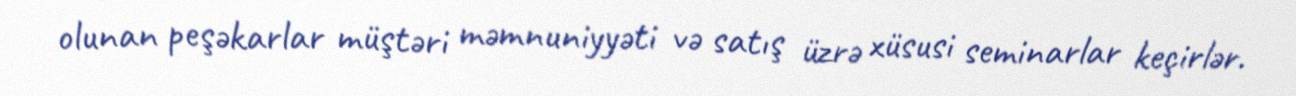
olunan peşəkarlar müştəri məmnuniyyəti və satış üzrə xüsusi seminarlar keçirlər.